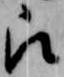
被